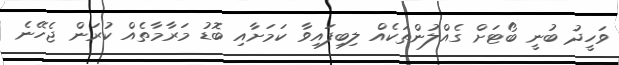
ވަހީދު ބުނީ ބޯޓަށް ގެއްލުންތަކެއް ލިބިފައިވާ ކަމަށާއި ބޮޑު މަރާމާތެއް ކުރަން ޖެހޭނެ